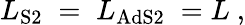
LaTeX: {L}_{\mathrm{S2}}\; =\; {L}_{\mathrm{AdS2}}\; =L\ ,